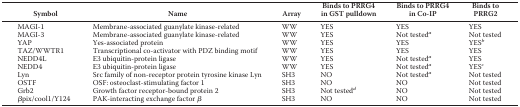
<table><thead><tr><td><b>Symbol</b></td><td><b>Name</b></td><td><b>Array</b></td><td><b>Binds to PRRG4 in GST pulldown</b></td><td><b>Binds to PRRG4 in Co-IP</b></td><td><b>Binds to PRRG2</b></td></tr></thead><tbody><tr><td>MAGI-1</td><td>Membrane-associated guanylate kinase-related</td><td>WW</td><td>YES</td><td>YES</td><td>YES</td></tr><tr><td>MAGI-3</td><td>Membrane-associated guanylate kinase-related</td><td>WW</td><td>YES</td><td>Not tested<i><sup>a</sup></i></td><td>Not tested</td></tr><tr><td>YAP</td><td>Yes-associated protein</td><td>WW</td><td>YES</td><td>YES</td><td>YES<i><sup>b</sup></i></td></tr><tr><td>TAZ/WWTR1</td><td>Transcriptional co-activator with PDZ binding motif</td><td>WW</td><td>YES</td><td>YES</td><td>YES</td></tr><tr><td>NEDD4L</td><td>E3 ubiquitin-protein ligase</td><td>WW</td><td>YES</td><td>Not tested<i><sup>a</sup></i></td><td>YES</td></tr><tr><td>NEDD4</td><td>E3 ubiquitin-protein ligase</td><td>WW</td><td>YES</td><td>Not tested<i><sup>a</sup></i></td><td>YES<i><sup>c</sup></i></td></tr><tr><td>Lyn</td><td>Src family of non-receptor protein tyrosine kinase Lyn</td><td>SH3</td><td>NO</td><td>Not tested<i><sup>a</sup></i></td><td>Not tested</td></tr><tr><td>OSTF</td><td>OSF: osteoclast-stimulating factor 1</td><td>SH3</td><td>NO</td><td>NO</td><td>Not tested</td></tr><tr><td>Grb2</td><td>Growth factor receptor-bound protein 2</td><td>SH3</td><td>Not tested<i><sup>d</sup></i></td><td>NO</td><td>Not tested</td></tr><tr><td>βpix/cool1/Y124</td><td>PAK-interacting exchange factor β</td><td>SH3</td><td>NO</td><td>NO</td><td>Not tested</td></tr></tbody></table>